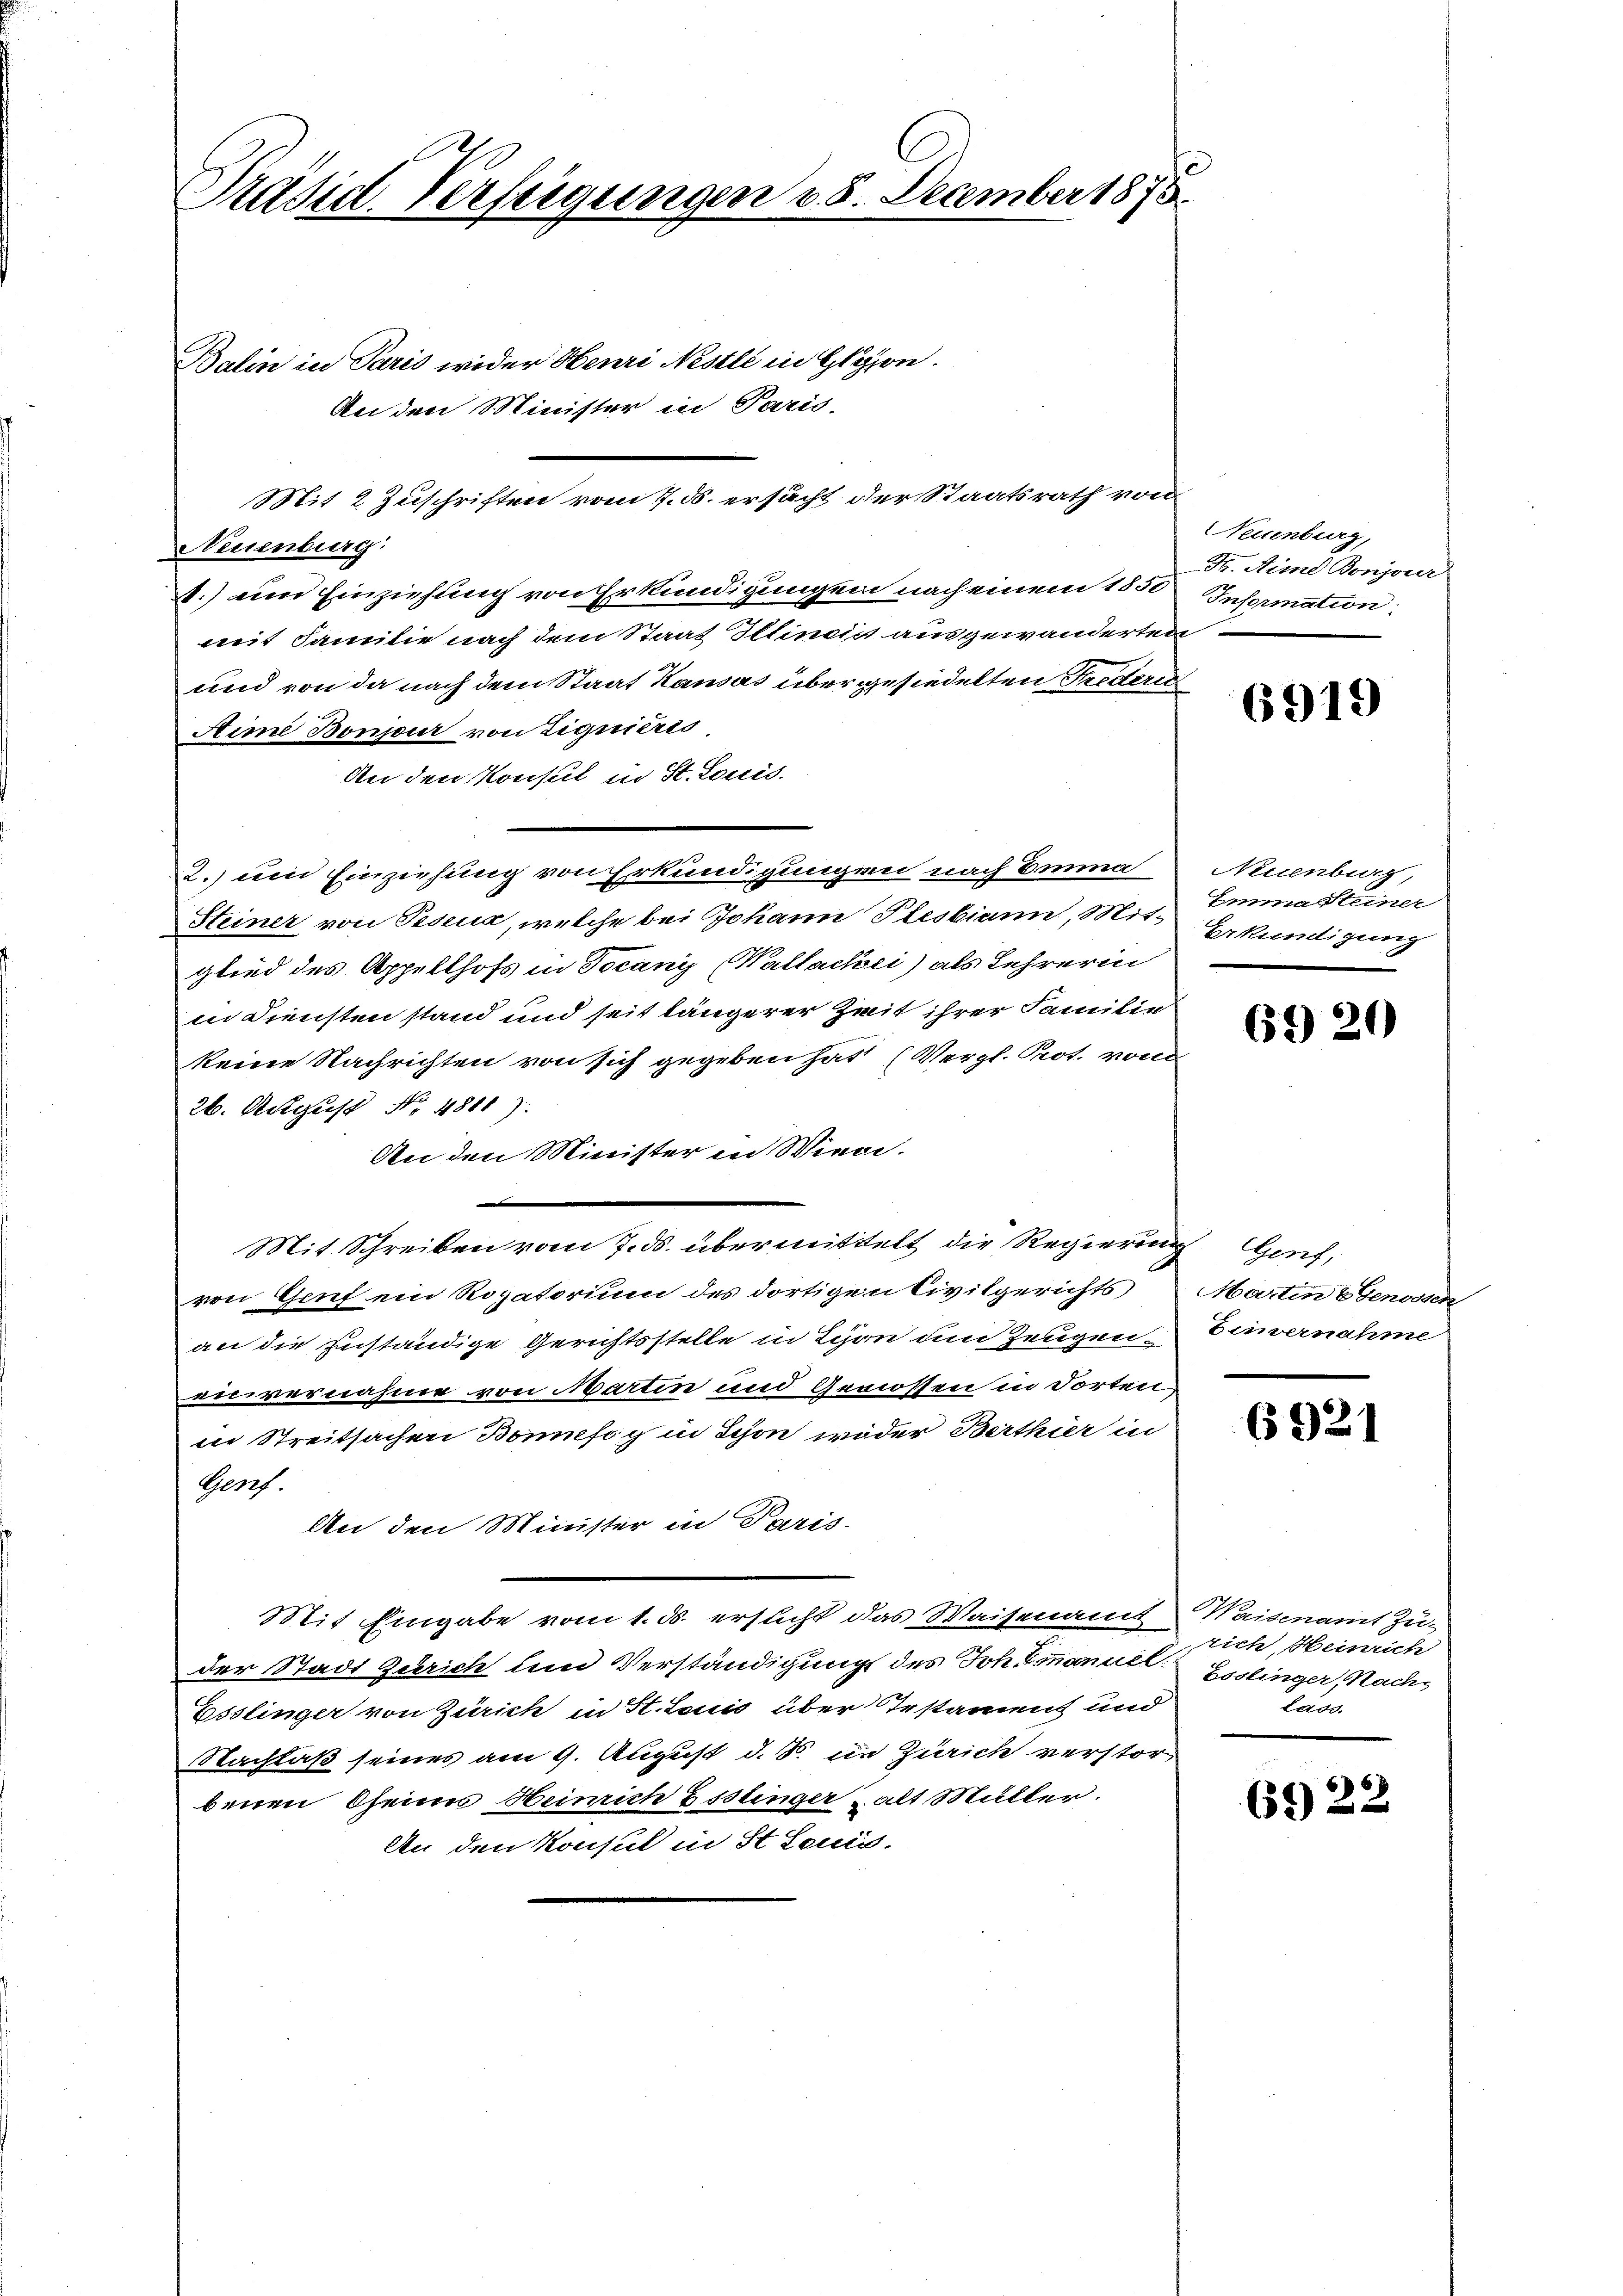
Präsid. Verfeigungen v. 8. December 1875.

Balin in Paris wider Henri Nestli in Gligion.
An den Minister in Paris.
Neuenburg:
.) ein Einziehung von Erkundigungen nach einem 1850
mit Familie nach dem Staat Iltinist ausgewanderten
und von da nach dem Staat Kausas übergesiedelten Friederi
Aime Bonjour von Liquieres
An den Konsul in St. Louis
2.) Dein Einziehung von Erkundigungen nach Emma
Steiner von Feseur, welche bei Johann Plesbiann, Mit-
glied des Appellhofs in Decani (Wattackei) als Lehrerin
in Diensten stand und seit längerer Zeit ihrer Familie
keine Nachrichten von sich gegeben hat (Vergl. Prot. von
26. August No. 4811):
An den Minister in Winde.
Mit. Schreiben vom 7. ds. übermittelt die Regierung Genf,
von Genf ein Rogatorium des dortigen Civilgerichts
an die zuständige Gerichtsstelle in Lyon dem Zeugen.
anvernahme von Martin und Genossen in Torten
in Streitsachen Bonifig in Schon weder Berthier in
Gerf.
An den Minister in Paris.
Mit Eingabe vom 1. ds. ersucht das Waisenamt Waisenamt Zu-
der Stadt Zürich und Verständigung des Joh. Emanuel Esslinger, Nachs
Esslinger von Zürich in St. Louis über Testament und
Nachlaß seines am 9. August d. S. in Zürich verstorbenen Oseines Heinrich Bislinger alt Müller.
An den Konsul in St. Leni-

Mit 2 Zuschriften vom 7. ds. ersucht der Staatsrath von

Neuenburg,
F. Aime Bonjour
Information:

6919

Neuenburg,
Emma seiner
Erkündigung

69 20

Martin & Genossen
Zeiernahme

6921

rich, Heinrich
Lads.

6922